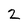
Character: 2